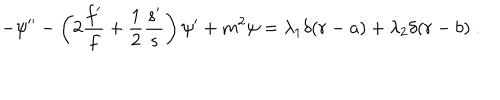
LaTeX: - \psi ^ { \prime \prime } - \left( 2 \frac { f ^ { \prime } } { f } + \frac { 1 } { 2 } \frac { s ^ { \prime } } { s } \right) \psi ^ { \prime } + m ^ { 2 } \psi = \lambda _ { 1 } \delta ( r - a ) + \lambda _ { 2 } \delta ( r - b ) \ .